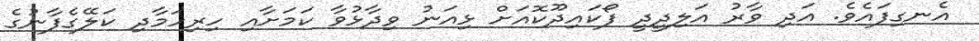
އެނގިފައެވެ. އަދި ވާރު އަލިދީދީ ފޯކައިދޫކޮއަށް ޅިއަނު ވިދާޅުވާ ކަމަށާއި ހިރިހަމާދި ކަލޭގެފާނުގެ